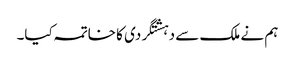
ہم نے ملک سے دہشتگردی کا خاتمہ کیا۔